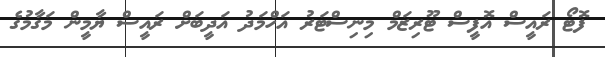
ފޮޓޯ ރައީސް އޮފީސް ޓޫރިޒަމް މިނިސްޓަރު އަހްމަދު އަދީބަށް ރައީސް ޔާމީން މަގާމުގެ